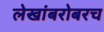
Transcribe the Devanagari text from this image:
लेखांबरोबरच